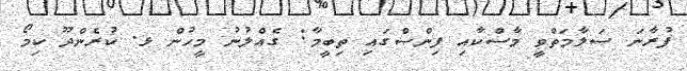
ފުރާނަ ސަލާމަތްވީ މާސްކާއި ފިންސްގައި ތިބީމާ: ގެއްލުނު މީހުން ޅ. ކުރެންދޫ ކިމޯ